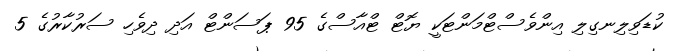
ކުޑަވިލިނގިލި އިންވެސްޓްމަންޓަކީ ޔޮޓް ޓްއާސްގެ 95 ޕަސަންޓް އަދި ދިވެހި ސަރުކާރުގެ 5